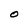
Character: O